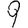
Digit: 9